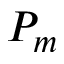
P _ { m }